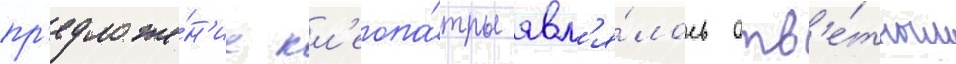
пр'едложе́н'ие кл'еопа́тры явл'я́лось отв'е́тным